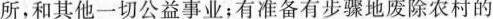
所，和其他一切公益事业；有准备有步骤地废除农村的